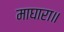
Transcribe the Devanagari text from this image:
माघारा॥